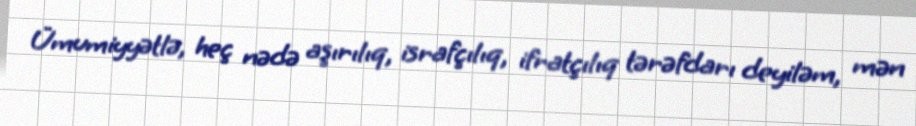
Ümumiyyətlə, heç nədə aşırılıq, israfçılıq, ifratçılıq tərəfdarı deyiləm, mən